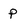
Character: P